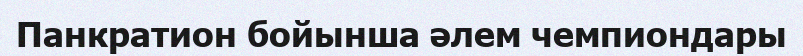
Панкратион бойынша әлем чемпиондары